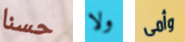
حسنا ولا وأمى